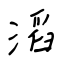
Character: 滔